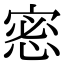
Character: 𢛬